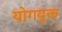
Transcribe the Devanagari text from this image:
योगयुक्त